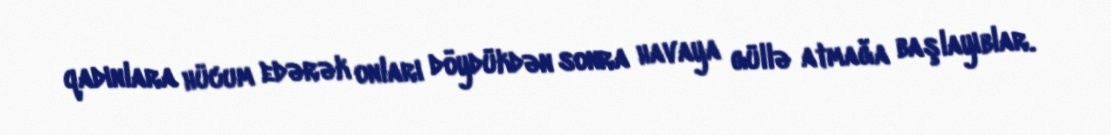
qadınlara hücum edərək onları döydükdən sonra havaya güllə atmağa başlayıblar.